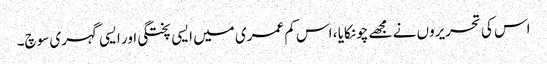
اس کی تحریروں نے مجھے چونکایا ، اس کم عمری میں ایسی پختگی اور ایسی گہری سوچ۔